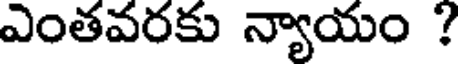
ఎంతవరకు న్యాయం ?